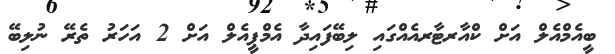
ބީއެމްއެލް އަށް ކްއާރޓާރއެއްގައި ލިބޭފައިދާ އެމްޕީއެލް އަށް 2 އަހަރު ތެރޭ ނުލިބޭ